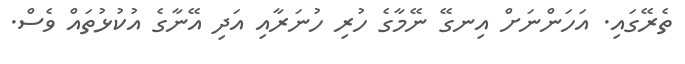
ތެރޭގައި. އަހަންނަށް އިނގޭ ނޭމާގެ ހުރި ހުނަރާއި އަދި އޭނާގެ އުކުޅުތައް ވެސް.